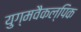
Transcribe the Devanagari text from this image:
युग्मवैकल्पिक